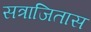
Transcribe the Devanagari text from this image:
सत्राजितास